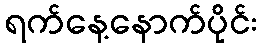
ရက်နေ့နောက်ပိုင်း